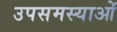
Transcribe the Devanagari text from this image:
उपसमस्याओं